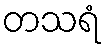
တသရံ